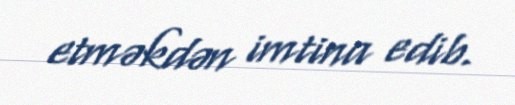
etməkdən imtina edib.